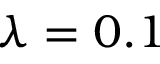
\lambda = 0 . 1